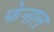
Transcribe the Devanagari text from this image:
फेनाल